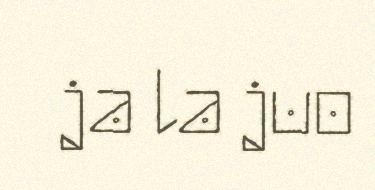
ja la juo